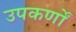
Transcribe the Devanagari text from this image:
उपकर्णों